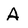
Character: A